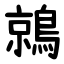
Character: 鶁